Document type: Sale
Year: 1226
Scribe: Ramon d'Om
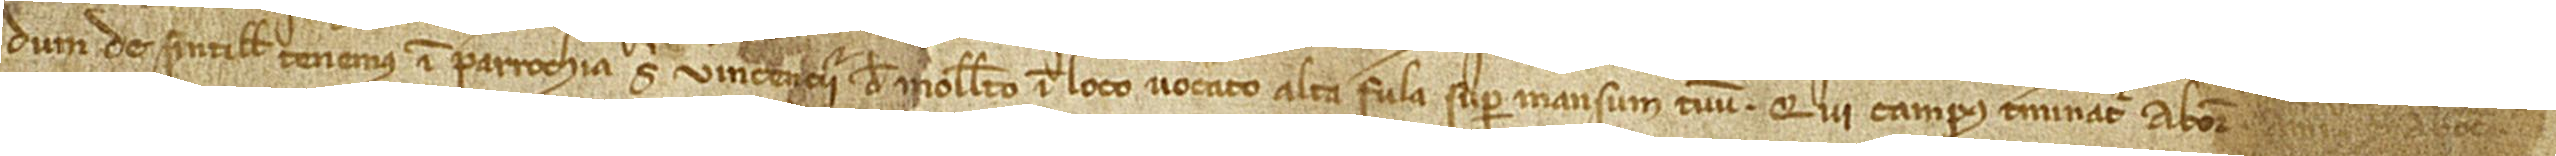
dum de Sintillis tenemus in parrochia Sancti Vincencii de Molleto, in loco vocato Alta Fula, super mansum tuum. Qui campus terminatur ab oriente, a meridie et ab occidente